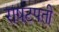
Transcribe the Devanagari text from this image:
राषटपती